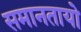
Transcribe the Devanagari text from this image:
समानतायो